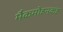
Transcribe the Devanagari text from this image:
मैकमोहनकह